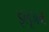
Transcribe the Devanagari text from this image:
इलूजन